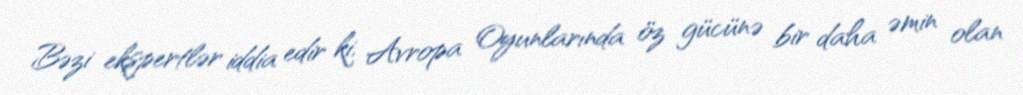
Bəzi ekspertlər iddia edir ki, Avropa Oyunlarında öz gücünə bir daha əmin olan